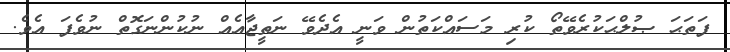
ފަތަޙަ ޞުލްޙަކުރެވޭތޯ ކުރި މަސައްކަތުން ވަނީ އެދެވޭ ނަތީޖާއެއް ނުކުންނަގޮތް ނުވެފަ އެވެ.